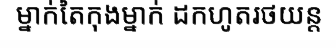
ម្នាក់តៃកុងម្នាក់ ដកហូតរថយន្ត